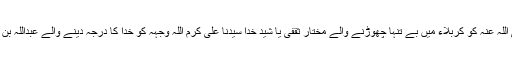
لہذا سید الشہداء امام عالی مقام حسین رضی اللہ عنہ کو کربلاء میں بے تنہا چھوڑنے والے مختار ثقفی یا شید خدا سیدنا علی کرم اللہ وجہہ کو خدا کا درجہ دینے والے عبداللہ بن سبا کے شیعہ ہونے کا ذکر نہیں کروں گا۔